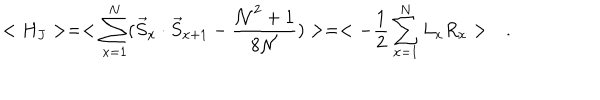
< H _ { J } > = < \sum _ { x = 1 } ^ { N } ( \vec { S } _ { x } \cdot \vec { S } _ { x + 1 } - \frac { { \cal N } ^ { 2 } + 1 } { 8 \cal N } ) > = < - \frac { 1 } { 2 } \sum _ { x = 1 } ^ { N } L _ { x } R _ { x } > \quad .